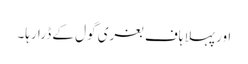
اور پہلا ہاف بغری گول کے ڈرا رہا۔